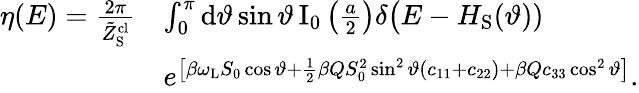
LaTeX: \begin{array}{rl}{\eta(E)=\frac{2\pi}{\tilde{Z}_{\mathrm{S}}^{\mathrm{cl}}}}&{\int_{0}^{\pi}\mathrm{d}\vartheta\sin\vartheta\, \mathrm{I}_{0}\left(\frac{a}{2}\right)\delta\big(E-H_{\mathrm{S}}(\vartheta))}\\ &{e^{\left[\beta\omega_{\mathrm{L}}S_{0}\cos\vartheta+\frac{1}{2}\beta QS_{0}^{2}\sin^{2}\vartheta(c_{11}+c_{22})+\beta Qc_{33}\cos^{2}\vartheta\right]}.}\end{array}